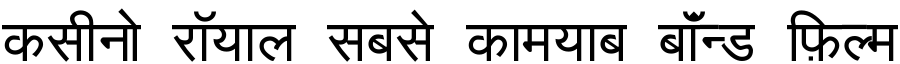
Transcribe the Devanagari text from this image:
कसीनो रॉयाल सबसे कामयाब बॉंन्ड फ़िल्म